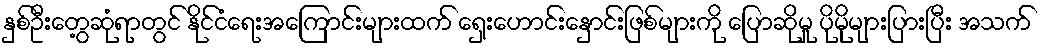
နှစ်ဦးတွေ့ဆုံရာတွင် နိုင်ငံရေးအကြောင်းများထက် ရှေးဟောင်းနှောင်းဖြစ်များကို ပြောဆိုမှု ပိုမိုများပြားပြီး အသက်